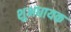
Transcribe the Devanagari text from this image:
शुभधायक